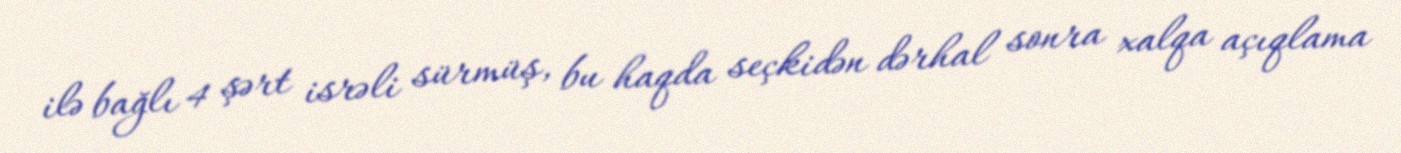
ilə bağlı 4 şərt isrəli sürmüş, bu haqda seçkidən dərhal sonra xalqa açıqlama